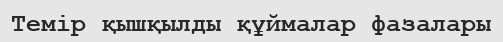
Темір қышқылды құймалар фазалары